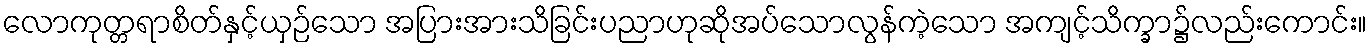
လောကုတ္တရာစိတ်နှင့်ယှဉ်သော အပြားအားသိခြင်းပညာဟုဆိုအပ်သောလွန်ကဲ့သော အကျင့်သိက္ခာ၌လည်းကောင်း။